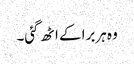
وہ ہربرا کے اٹھ گئی۔